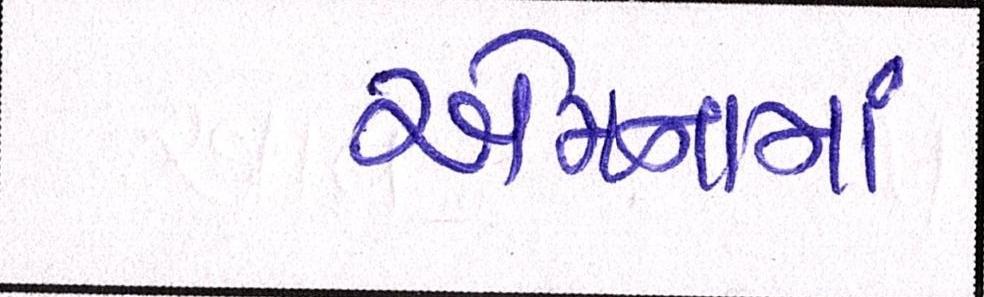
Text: એમનામાં